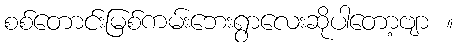
စစ်တောင်းမြစ်ကမ်းဘေးရွာလေးဆိုပါတော့ဗျာ ။